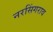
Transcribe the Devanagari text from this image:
नरसिंगराव